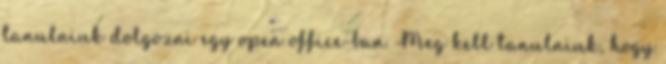
tanulniuk dolgozni egy open office-ban. Meg kell tanulniuk, hogy